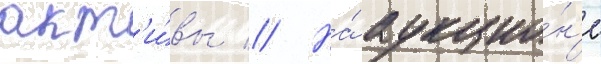
акт'и́вы // На́ аукцио́н'е